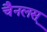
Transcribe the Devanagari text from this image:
चैनलस्